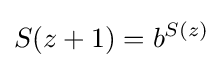
S(z+1)=b^{S(z)}